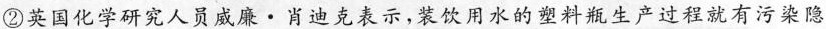
②英国化学研究人员威廉·肖迪克表示，装饮用水的塑料瓶生产过程就有污染隐